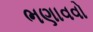
ભણાવવો